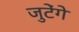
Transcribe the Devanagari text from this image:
जुटेंगे